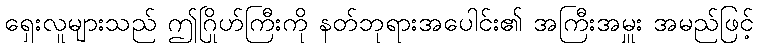
ရှေးလူများသည် ဤဂြိုဟ်ကြီးကို နတ်ဘုရားအပေါင်း၏ အကြီးအမှူး အမည်ဖြင့်